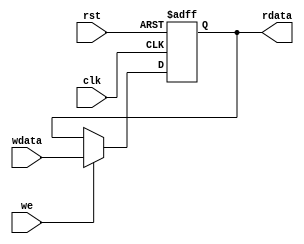
`timescale 1ns / 1ps
//////////////////////////////////////////////////////////////////////////////////
// Company: 
// Engineer: 
// 
// Design Name: 
// Module Name: reg_hilo
// Project Name: 
// Target Devices: 
// Tool Versions: 
// Description: 
// 
// Dependencies: 
// 
// Revision:
// Revision 0.01 - File Created
// Additional Comments:
// 
//////////////////////////////////////////////////////////////////////////////////


module reg_hilo(
    input clk, //
    input rst, //reset
    input we, //
    input [31:0] wdata, //
    output [31:0] rdata 
    );
    reg [31:0] array_reg;
	integer i;
	initial begin
		array_reg <= 32'b0;
	end
	
	always @(negedge clk or posedge rst) begin
		if(rst) begin
			array_reg <= 0;
		end
		else 
		begin
		    if(we)
				array_reg <= wdata;
		end
	end

	assign rdata = array_reg;
endmodule